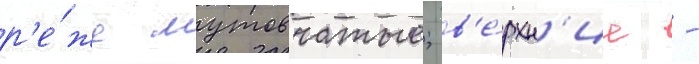
р'е́же мутовчатые; в'е́рхн'ие -